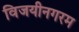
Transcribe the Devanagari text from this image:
विजयीनगरम